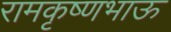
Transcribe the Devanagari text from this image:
रामकृष्णभाऊ